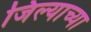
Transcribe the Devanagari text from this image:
जिल्याच्या